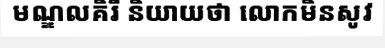
មណ្ឌលគិរី និយាយថា លោកមិនសូវ